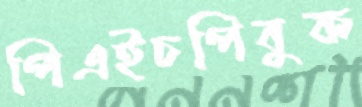
পিএইচপিবুক